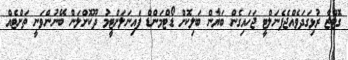
ގޮޓްޒާ ރުޅިގަދަވެއްޖެޕެނަލްޓީ ޖަހައިގެން ބަޔާން ބަލިކޮށް ޑޯޓްމަންޑް ފައިނަލަށްޓީމު ދޫކޮށްލަން ބޭނުންވަނީ ތަށްޓެއް